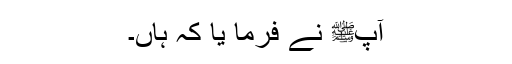
آپﷺ نے فرما یا کہ ہاں۔